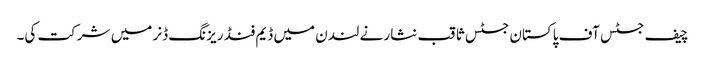
چیف جسٹس آف پاکستان جسٹس ثاقب نثار نے لندن میں ڈیم فنڈ ریزنگ ڈنر میں شرکت کی۔